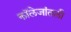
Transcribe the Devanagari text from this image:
कॉलेजांतली